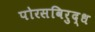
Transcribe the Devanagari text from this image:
पोरसविरुद्ध